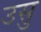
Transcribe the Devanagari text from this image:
उसु